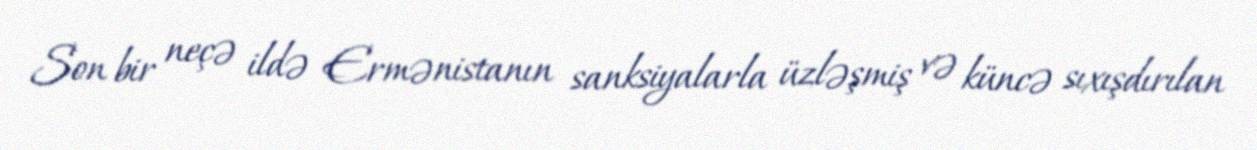
Son bir neçə ildə Ermənistanın sanksiyalarla üzləşmiş və küncə sıxışdırılan